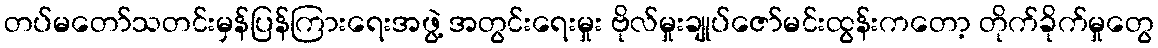
တပ်မတော်သတင်းမှန်ပြန်ကြားရေးအဖွဲ့ အတွင်းရေးမှုး ဗိုလ်မှုးချုပ်ဇော်မင်းထွန်းကတော့ တိုက်ခိုက်မှုတွေ